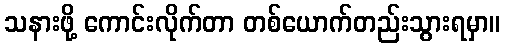
သနားဖို့ ကောင်းလိုက်တာ တစ်ယောက်တည်းသွားရမှာ။